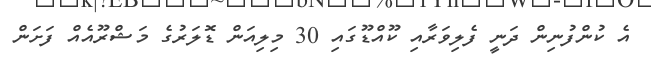
އެ ކުންފުނިން ދަނީ ފެލިވަރާއި ކޫއްޑޫގައި 30 މިލިއަން ޑޮލަރުގެ މަޝްރޫއެއް ފަށަން